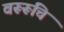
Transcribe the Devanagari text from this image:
वरूरूचि